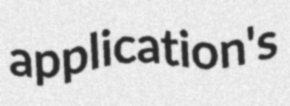
application's